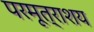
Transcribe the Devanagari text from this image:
परमूत्राशय